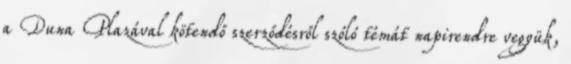
a Duna Plazával kötendő szerződésről szóló témát napirendre vegyük,